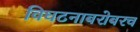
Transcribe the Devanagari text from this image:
विघटनाबरोबरच